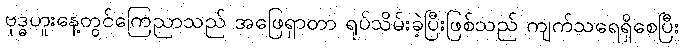
ဗုဒ္ဓဟူးနေ့တွင်ကြေညာသည် အဖြေရှာတာ ရုပ်သိမ်းခဲ့ပြီးဖြစ်သည် ကျက်သရေရှိစေပြီး